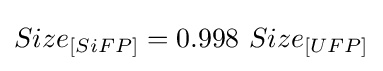
Size_{[SiFP]}=0.998\ Size_{[UFP]}